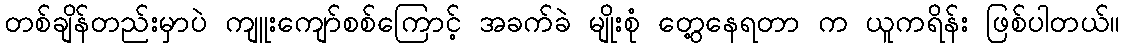
တစ်ချိန်တည်းမှာပဲ ကျူးကျော်စစ်ကြောင့် အခက်ခဲ မျိုးစုံ တွေ့နေရတာ က ယူကရိန်း ဖြစ်ပါတယ်။